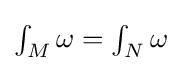
\textstyle {\int _{M}\omega =\int _{N}\omega }